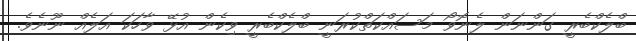
ބްލެކްބެރީ ގަންނަން ލެނޮވޯ މަސައްކަތްކުރަނީ ބްލެކްބެރީ ވިކެން އުޅޭ ވާހަކަ އަލެއް ނޫނެވެ.